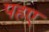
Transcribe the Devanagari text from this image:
पहए